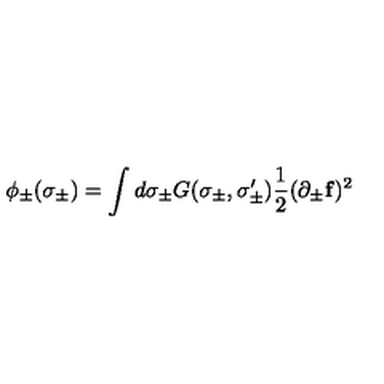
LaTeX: \phi _ { \pm } ( \sigma _ { \pm } ) = \int d \sigma _ { \pm } G ( \sigma _ { \pm } , \sigma _ { \pm } ^ { \prime } ) \frac { 1 } { 2 } ( \partial _ { \pm } { \bf f } ) ^ { 2 }